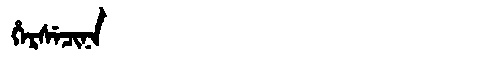
Manchu: ᡥᡝᡵᠰᡝᠴᡳᠨᠠ
Romanization: HERSECINA